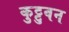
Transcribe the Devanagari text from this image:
कुट्टुवन